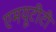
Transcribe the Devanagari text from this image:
एमयूटीटी